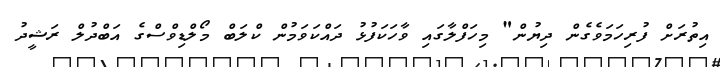
އިތުރަށް ފުރިހަމަވެގެން ދިޔުން" މިހަފްލާގައި ވާހަކަފުޅު ދައްކަވަމުން ކްލަބް މޯލްޑިވްސްގެ އަބްދުލް ރަޝީދު